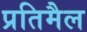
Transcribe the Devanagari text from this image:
प्रतिमैल